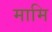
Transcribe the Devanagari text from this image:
मामि